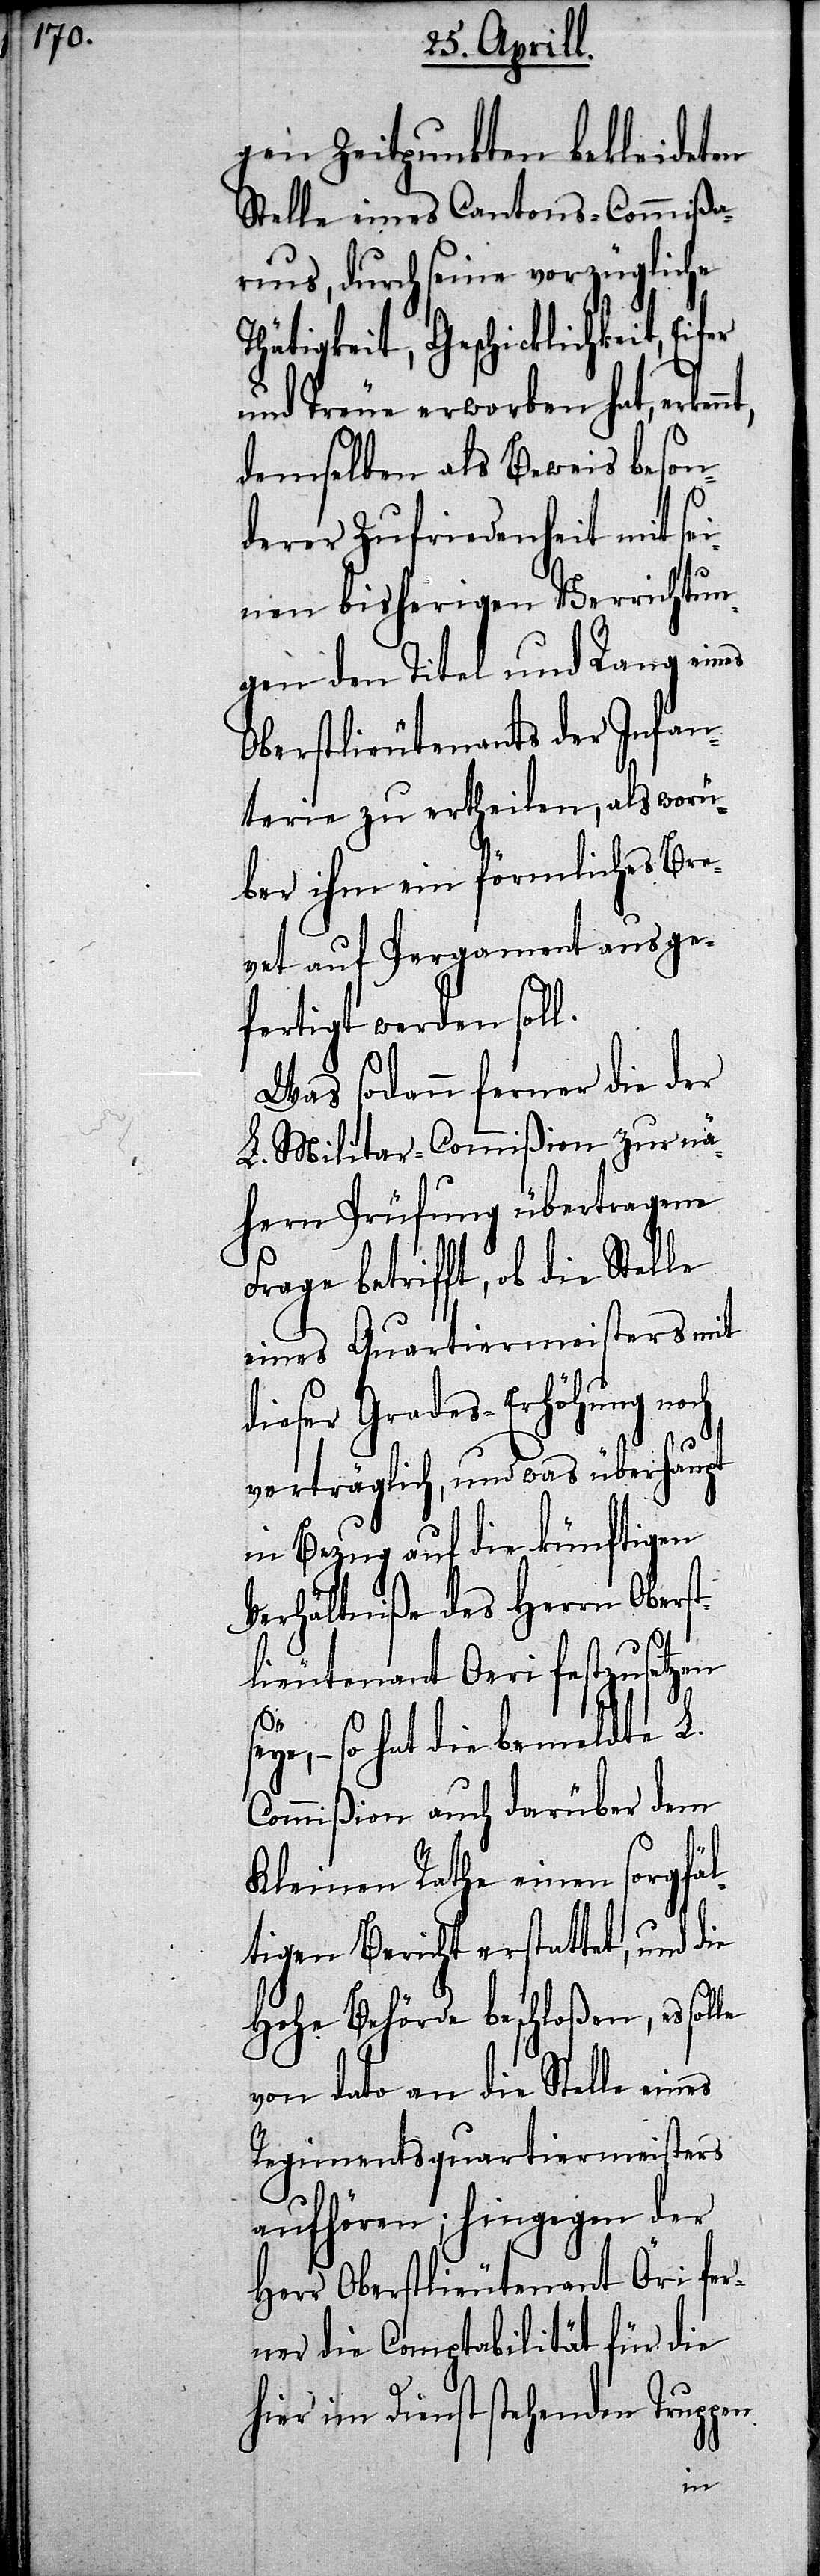
gen Zeitpunkten, bekleideten
Stelle eines Cantons-Commißa¬
rius, durch seine vorzügliche
Thätigkeit, Geschicklichkeit, Ei¬
und Treue erworben hat, erken¬
demselben als Beweis beson¬
derer Zufriedenheit mit sei¬
nen bisherigen Verrichtun¬
gen den Titel und Rang eines
Oberstlieutenants der Infan¬
terie zu ertheilen, als worü¬
ber ihm ein förmliches Bre¬
vet auf Pergament ausge¬
fertigt werden soll.
Was sodann ferner die der
L. Militar-Commißion zur nä¬
hern Prüfung übertragene
Frage betrifft, ob die Stelle
eines Quartiermeisters mit
dieser Grades-Erhöhung noch
verträglich, und was überhaupt
in Bezug auf die künftigen
Verhältniße des Herrn Oberst¬
fer
lieutenants Oeri festzusetzen
le
ye,– so hat die bemeldte L.
Commißion auch darüber dem
Kleinen Rathe einen sorgfäl¬
tigen Bericht erstattet, und
Hohe Behörde beschloßen, es sol¬
von dato an die Stelle eines
Regimentsquartiermeisters
aufhören; hingegen der
Herr Oberstlieutenant Öri fer¬
ner die Comptabilität für die
hier im Dienst stehenden Truppen
nt,